Civil Veterinary Dept. Bombay admin report 1900-1906 - 1900-1906
Year: 1900
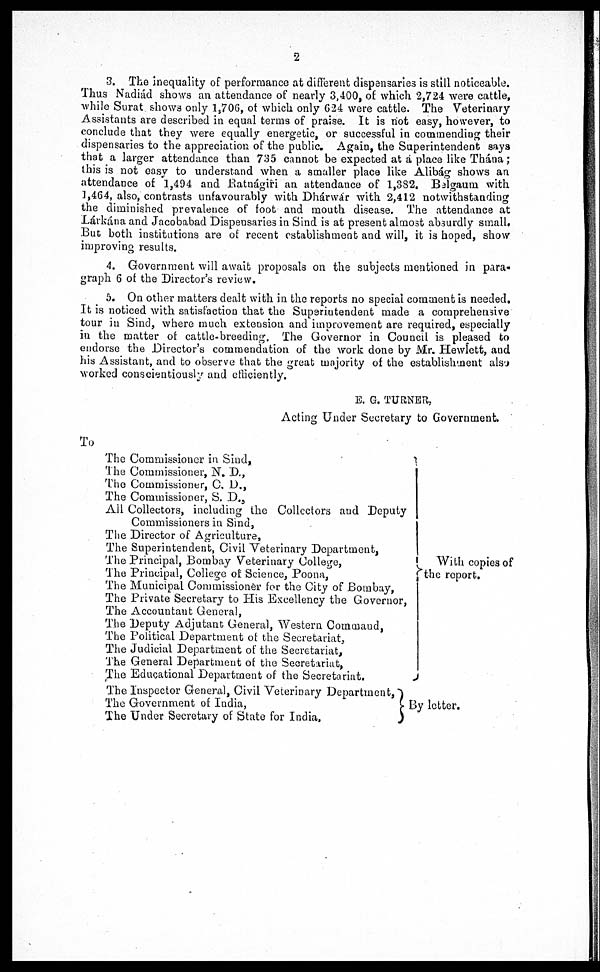
2
3. The inequality of performance at different dispensaries is still noticeable.
Thus Nadiád shows an attendance of nearly 3,400, of which 2,724 were cattle,
while Surat shows only 1,706, of which only 624 were cattle. The Veterinary
Assistants are described in equal terms of praise. It is not easy, however, to
conclude that they were equally energetic, or successful in commending their
dispensaries to the appreciation of the public. Again, the Superintendent says
that a larger attendance than 735 cannot be expected at a place like Thána;
this is not easy to understand when a smaller place like Alibág shows an
attendance of 1,494 and Batnágiri an attendance of 1,382. Belgaum with
1,464, also, contrasts unfavourably with Dhárwár with 2,412 notwithstanding
the diminished prevalence of foot and mouth disease. The attendance at
Lárkána and Jacobabad Dispensaries in Sind is at present almost absurdly small.
But both institutions are of recent establishment and will, it is hoped, show
improving results.
4. Government will await proposals on the subjects mentioned in para-
graph 6 of the Director's review.
5. On other matters dealt with in the reports no special comment is needed.
It is noticed with satisfaction that the Superintendent made a comprehensive
tour in Sind, where much extension and improvement are required, especially
in the matter of cattle-breeding. The Governor in Council is pleased to
endorse the Director's commendation of the work done by Mr. Hewlett, and
his Assistant, and to observe that the great majority of the establishment also
worked conscientiously and efficiently.
E. G. TURNER,
Acting Under Secretary to Government.
To
The Commissioner in Sind,
The Commissioner, N. D.,
The Commissioner, C. D.,
The Commissioner, S. D.,
All Collectors, including the Collectors and Deputy
Commissioners in Sind,
The Director of Agriculture,
The Superintendent, Civil Veterinary Department,
The Principal, Bombay Veterinary College,
The Principal, College of Science, Poona,
The Municipal Commissioner for the City of Bombay,
The Private Secretary to His Excellency the Governor,
The Accountant General,
The Deputy Adjutant General, Western Command,
The Political Department of the Secretariat,
The Judicial Department of the Secretariat,
The General Department of the Secretariat,
The Educational Department of the Secretariat.
The Inspector General, Civil Veterinary Department,"
The Government of India,
The Under Secretary of State for India,
With copies of
the report.
By letter.